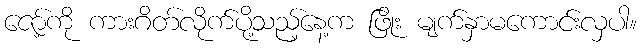
ဇော့်ကို ကားဂိတ်လိုက်ပို့သည့်နေ့က ဖြိုး မျက်နှာမကောင်းလှပါ။